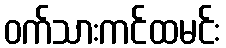
ဝက်သားကင်ထမင်း